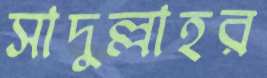
সাদুল্লাহর